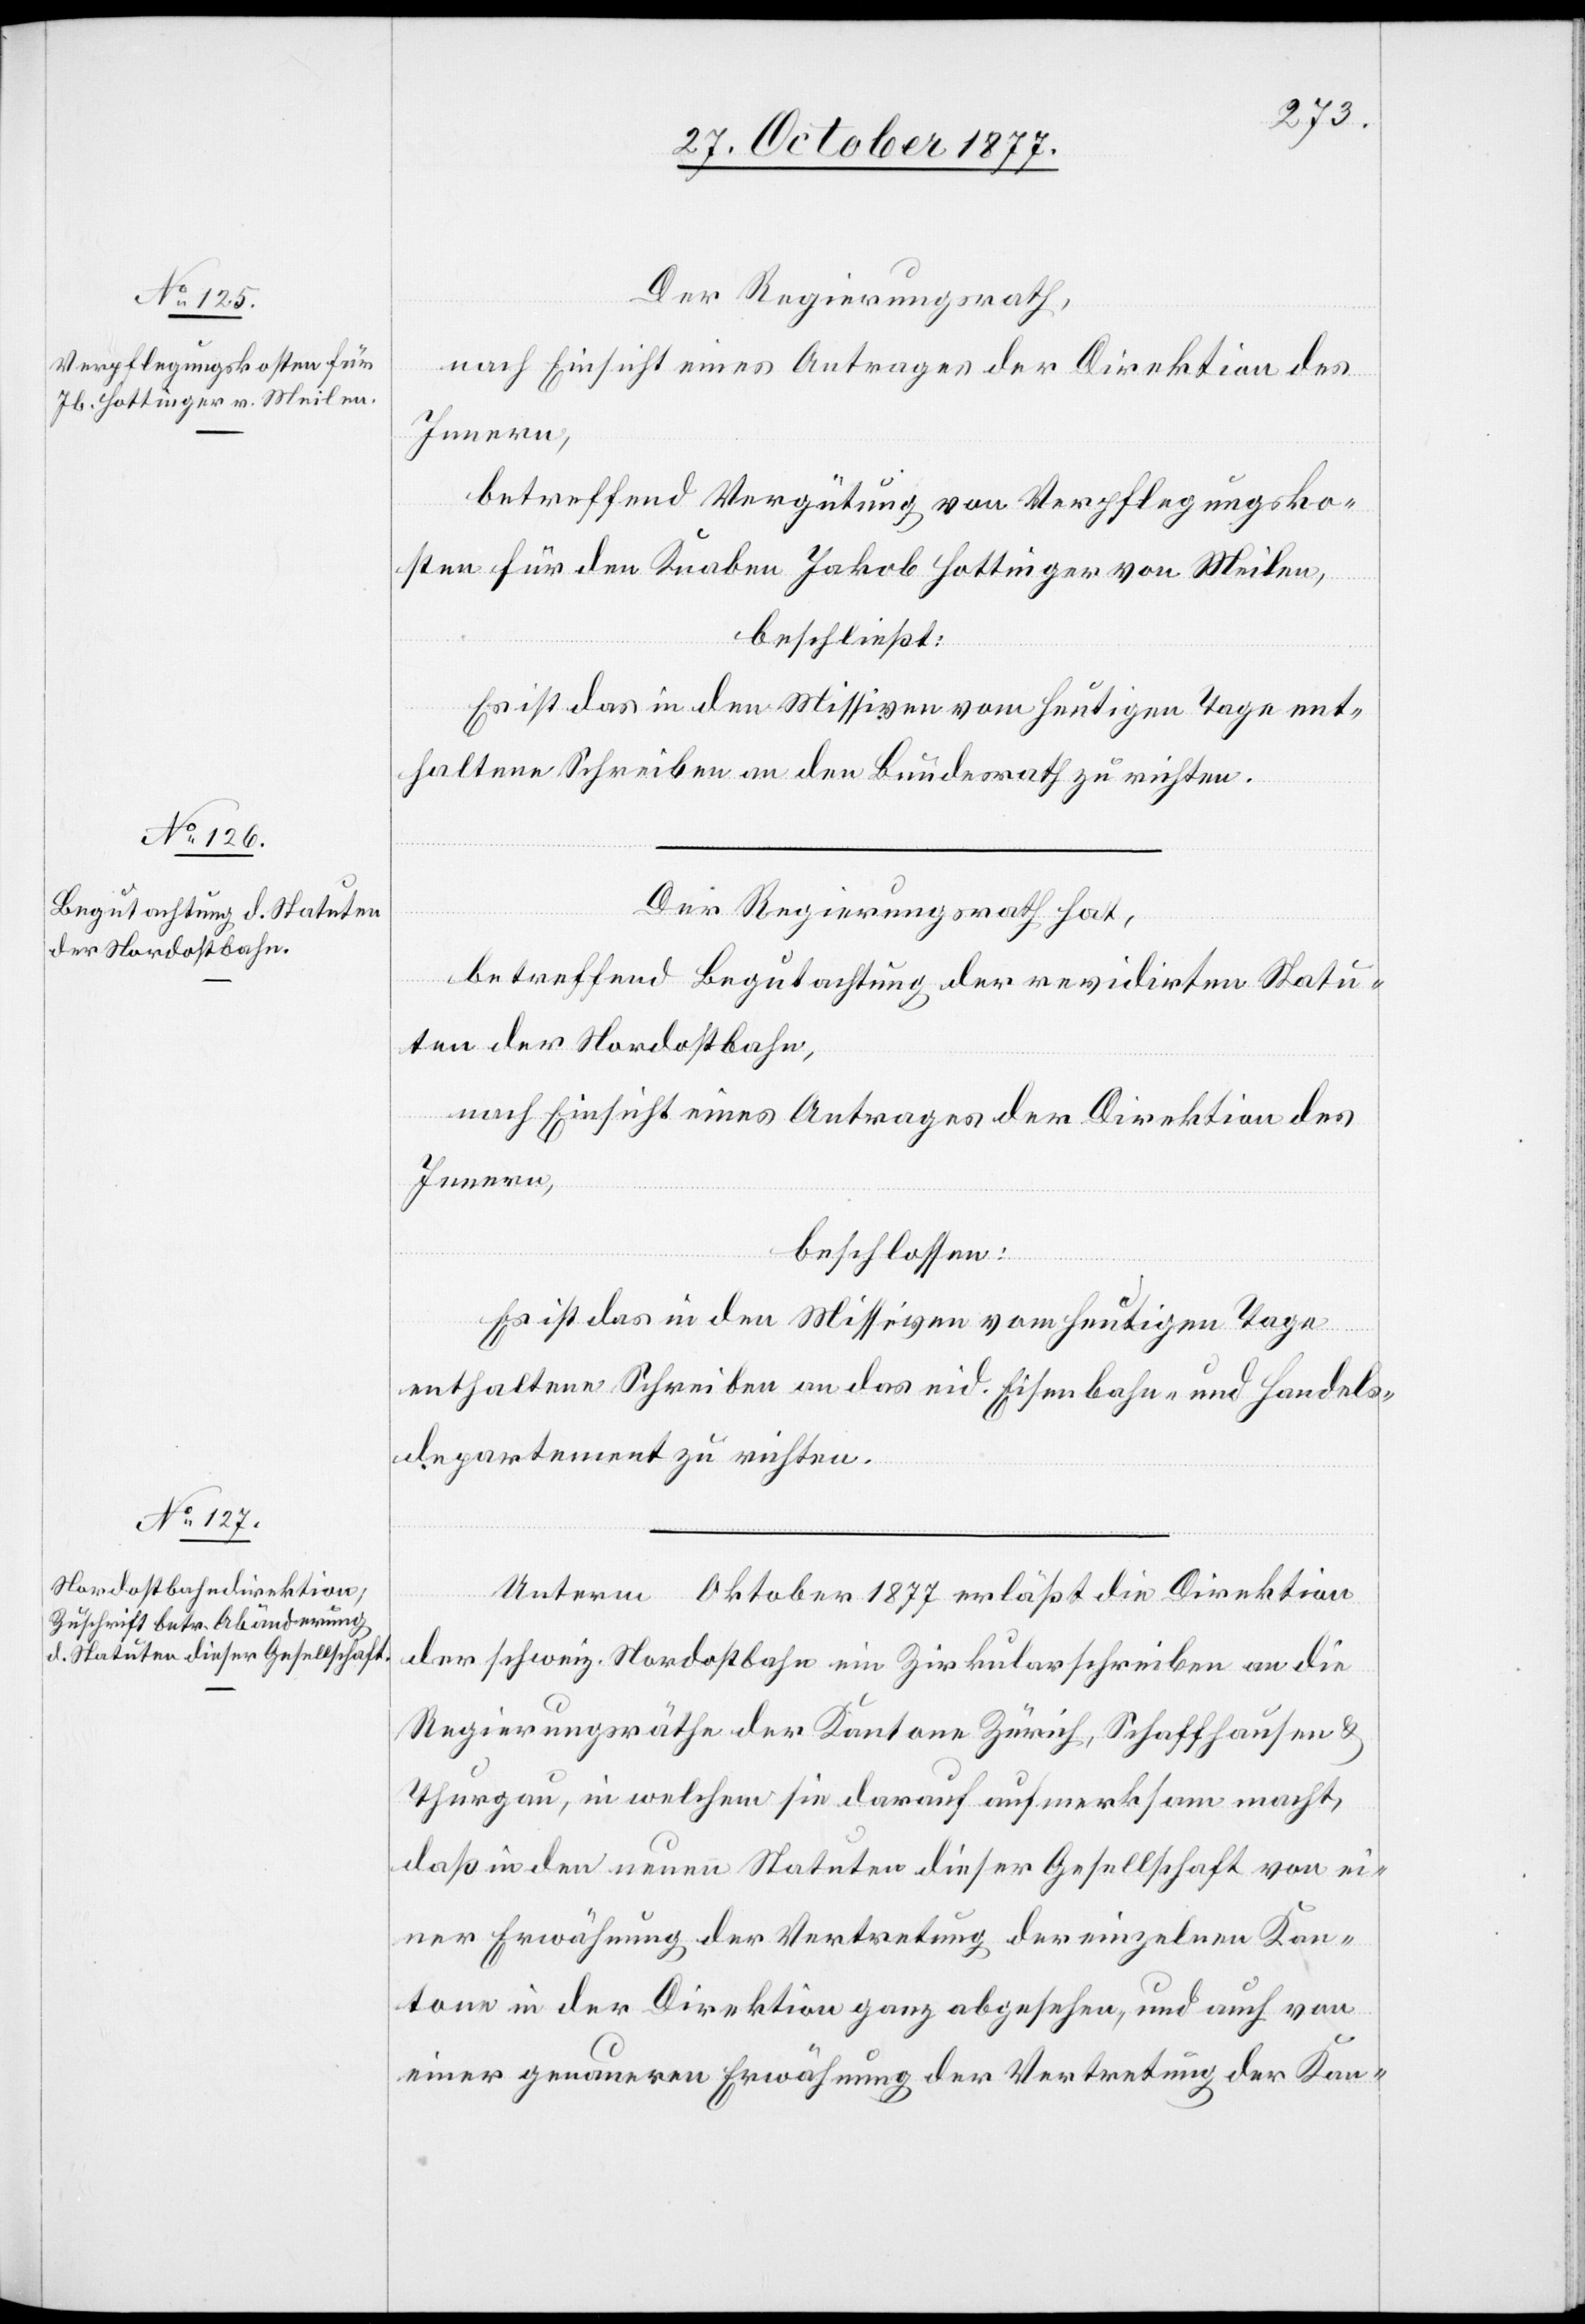
Der Regierungsrath,
nach Einsicht eines Antrages der Direktion des
Innern,
betreffend Vergütung von Verpflegungsko¬
sten für den Knaben Jakob Hottinger von Meilen,
beschließt:
Es ist das in den Missiven vom heutigen Tage ent¬
haltene Schreiben an den Bundesrath zu richten.
Der Regierungsrath hat,
betreffend Begutachtung der revidirten Statu¬
ten der Nordostbahn,
nach Einsicht eines Antrages der Direktion des
Innern,
beschlossen:
Es ist das in den Missiven vom heutigen Tage
enthaltene Schreiben an das eid. Eisenbahn- und Handels¬
departement zu richten.
Unterm … Oktober 1877 erläßt die Direktion
der schweiz. Nordostbahn ein Zirkularschreiben an die
Regierungsräthe der Kantone Zürich, Schaffhausen &
Thurgau, in welchem sie darauf aufmerksam macht,
daß in den neuen Statuten dieser Gesellschaft von ei¬
ner Erwähnung der Vertretung der einzelnen Kan¬
tone in der Direktion ganz abgesehen, und auch von
einer genaueren Erwähnung der Vertretung der Kan-